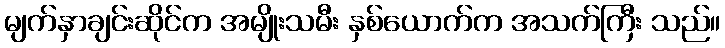
မျက်နှာချင်းဆိုင်က အမျိုးသမီး နှစ်ယောက်က အသက်ကြီး သည်။